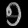
Digit: ၅